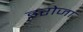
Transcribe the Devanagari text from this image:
इरोजा